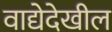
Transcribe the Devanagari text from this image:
वाद्येदेखील